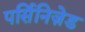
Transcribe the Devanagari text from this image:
पर्सिनिज़ेड